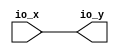
module OptimizationBarrier_42(
  input  [2:0] io_x,
  output [2:0] io_y
);
  assign io_y = io_x; // @[package.scala 263:12]
endmodule